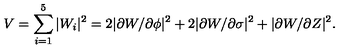
V = \sum _ { i = 1 } ^ { 5 } \vert W _ { i } \vert ^ { 2 } = 2 \vert \partial W / \partial \phi \vert ^ { 2 } + 2 \vert \partial W / \partial \sigma \vert ^ { 2 } + \vert \partial W / \partial Z \vert ^ { 2 } .